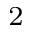
{ ^ 2 }